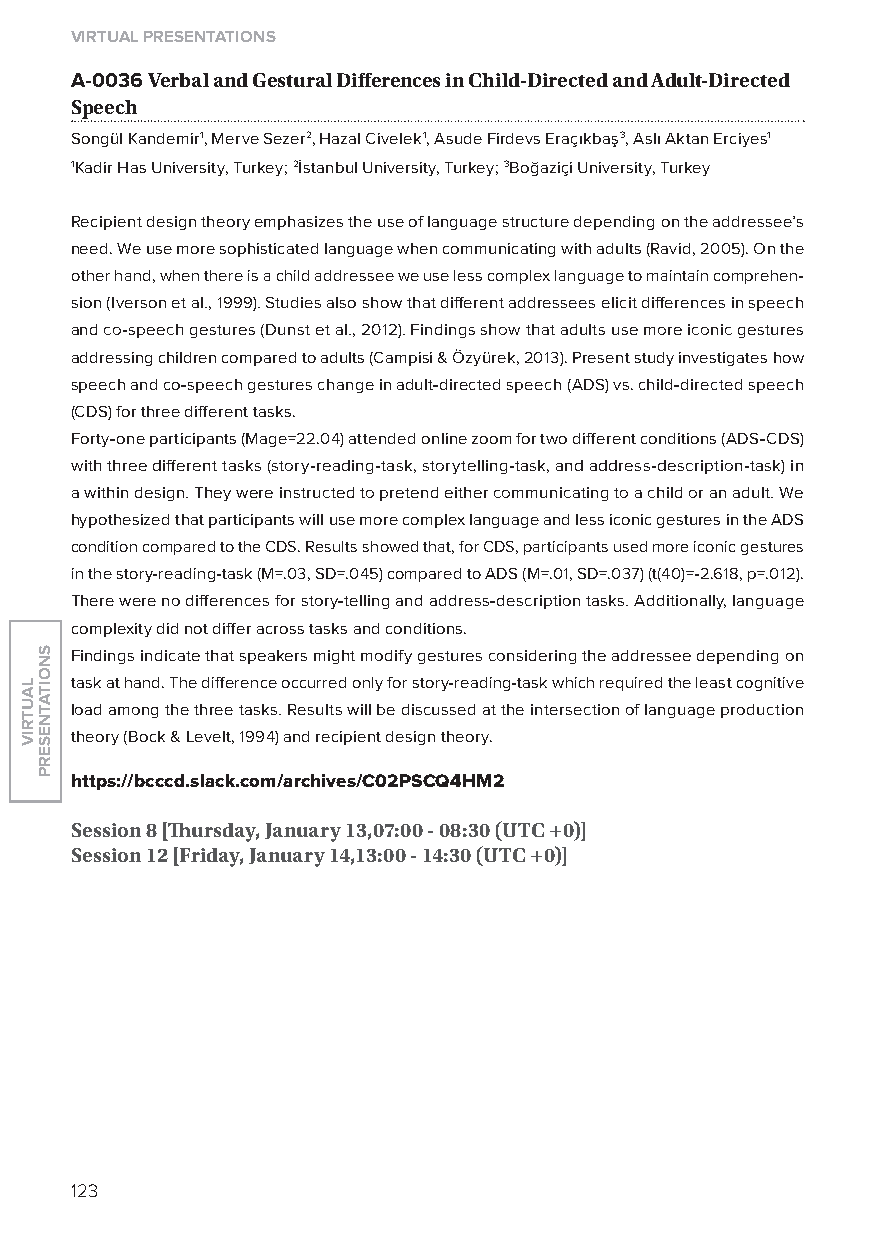
virtual presentations
 A-0036 verbal and gestural Differences in Child-Directed and adult-Directed
 speech
 Songül Kandemir1, Merve Sezer2, Hazal Civelek1, Asude Firdevs Eraçıkbaş3, Aslı Aktan Erciyes1
 1Kadir Has University, Turkey; 2İstanbul University, Turkey; 3Boğaziçi University, Turkey
 Recipient design theory emphasizes the use of language structure depending on the addressee’s
 need. We use more sophisticated language when communicating with adults (Ravid, 2005). on the
 other hand, when there is a child addressee we use less complex language to maintain comprehen-
 sion (Iverson et al., 1999). Studies also show that different addressees elicit differences in speech
 and co-speech gestures (Dunst et al., 2012). Findings show that adults use more iconic gestures
 addressing children compared to adults (Campisi & Özyürek, 2013). Present study investigates how
 speech and co-speech gestures change in adult-directed speech (ADS) vs. child-directed speech
 (CDS) for three different tasks.
 Forty-one participants (Mage=22.04) attended online zoom for two different conditions (ADS-CDS)
 with three different tasks (story-reading-task, storytelling-task, and address-description-task) in
 a within design. They were instructed to pretend either communicating to a child or an adult. We
 hypothesized that participants will use more complex language and less iconic gestures in the ADS
 condition compared to the CDS. Results showed that, for CDS, participants used more iconic gestures
 in the story-reading-task (M=.03, SD=.045) compared to ADS (M=.01, SD=.037) (t(40)=-2.618, p=.012).
 There were no differences for story-telling and address-description tasks. Additionally, language
 complexity did not differ across tasks and conditions.
 Findings indicate that speakers might modify gestures considering the addressee depending on
 task at hand. The difference occurred only for story-reading-task which required the least cognitive
 load among the three tasks. Results will be discussed at the intersection of language production
 theory (Bock & levelt, 1994) and recipient design theory.
 https://bcccd.slack.com/archives/C02psCQ4hM2
 session 8 [Thursday, January 13,07:00 - 08:30 (utC +0)]
 session 12 [friday, January 14,13:00 - 14:30 (utC +0)]
 123
 lautriv
 snoitatneserp